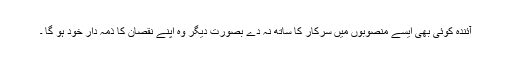
آئندہ کوئی بھی ایسے منصوبوں میں سرکار کا ساتھ نہ دے بصورت دیگر وہ اپنے نقصان کا ذمہ دار خود ہو گا ۔